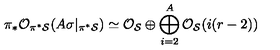
\pi _ { * } { \cal O } _ { \pi ^ { * } { \cal S } } ( A \sigma | _ { \pi ^ { * } { \cal S } } ) \simeq { \cal O } _ { { \cal S } } \oplus \bigoplus _ { i = 2 } ^ { A } { \cal O } _ { { \cal S } } ( i ( r - 2 ) )